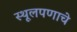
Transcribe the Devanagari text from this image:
स्थूलपणाचे